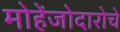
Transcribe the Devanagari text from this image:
मोहेंजोदारोचे